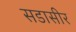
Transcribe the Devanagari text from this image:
सडासीर